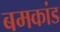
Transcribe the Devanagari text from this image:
बमकांड